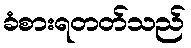
ခံစားရတတ်သည်